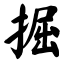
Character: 掘